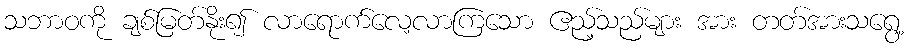
သဘာဝကို ချစ်မြတ်နိုး၍ လာရောက်လေ့လာကြသော ဧည့်သည်များ အား တတ်အားသရွေ့